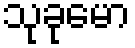
သုခုမော